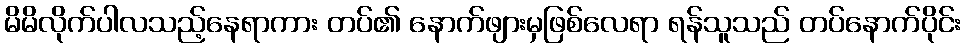
မိမိလိုက်ပါလသည့်နေရာကား တပ်၏ နောက်ဖျားမှဖြစ်လေရာ ရန်သူသည် တပ်နောက်ပိုင်း